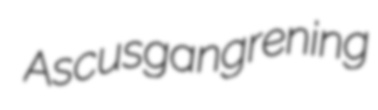
Ascus gangrening